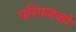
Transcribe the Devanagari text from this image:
परिपलकों